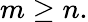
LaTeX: m\geq n.